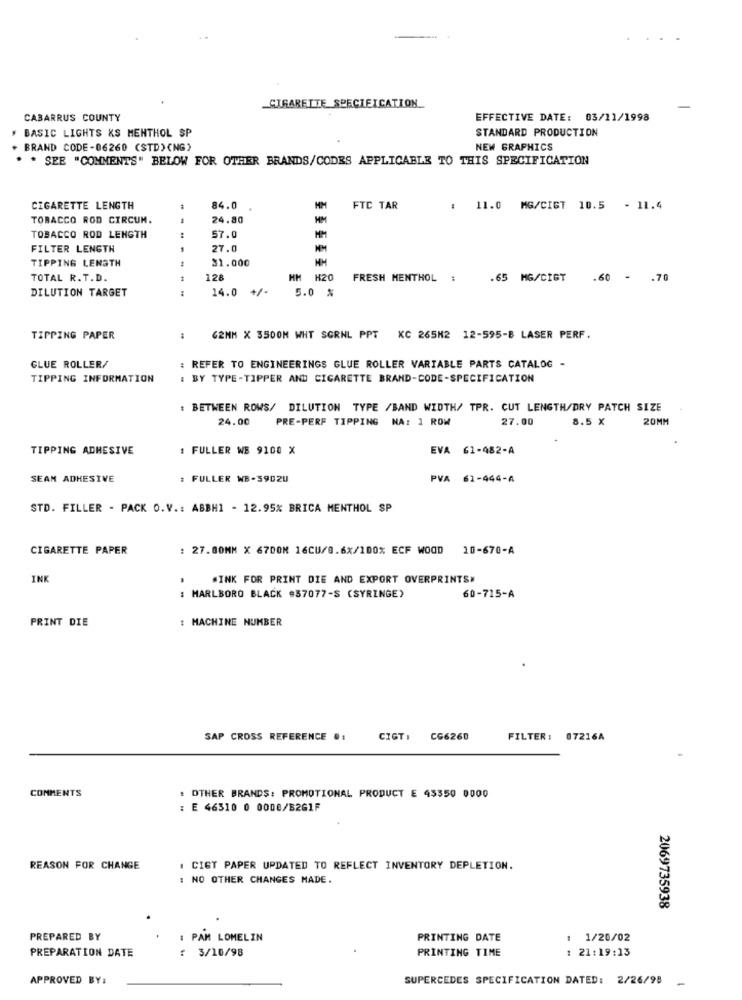
CIGARETTE_SPECIFICATION
CABARRUS COUNTY
EFFECTIVE DATE: 03/11/1998
BASIC LIGHTS KS MENTHOL SP
STANDARD PRODUCTION
. BRAND CODE-06260 (STD) (NG)
NEW GRAPHICS
. . SEE "COMMENTS" BELOW FOR OTHER BRANDS/CODES APPLICABLE TO THIS SPECIFICATION
CIGARETTE LENGTH
84.0
MM
FTC TAR
: 11.0 MG/CIGT 10.5 - 11.4
TOBACCO ROD CIRCUM.
24.80
TOBACCO ROD LENGTH
57.0
FILTER LENGTH
27.0
TIPPING LENGTH
31.000
MH
TOTAL R. T.D.
1
128
HM H20
FRESH MENTHOL
.65 MG/CIGT
.60 - . 70
DILUTION TARGET
:
-----
14.0
5.0 %
TIPPING PAPER
62MM X 3500M WHT SGRNL PPT KC 265M2 12-595-B LASER PERF.
GLUE ROLLER/
: REFER TO ENGINEERINGS GLUE ROLLER VARIABLE PARTS CATALOG -
TIPPING INFORMATION
: BY TYPE-TIPPER AND CIGARETTE BRAND-CODE-SPECIFICATION
: BETWEEN ROWS/ DILUTION TYPE /BAND WIDTH/ TPR. CUT LENGTH/DRY PATCH SIZE
24.00
PRE-PERF TIPPING NA: 1 ROW
27.00
8.5 X
20MM
TIPPING ADHESIVE
: FULLER WE 9100 X
EVA 61-482-A
SEAM ADHESIVE
: FULLER WB-3902U
PVA 61-444-A
STD. FILLER - PACK O.V .: ABBH1 - 12.95% BRICA MENTHOL SP
CIGARETTE PAPER
: 27.00MM X 6700M 16CU/0.6x/100% ECF WOOD 10-670-A
INK
.INK FOR PRINT DIE AND EXPORT OVERPRINTSW
: MARLBORO BLACK #57077-S (SYRINGE)
60-715-A
PRINT DIE
: MACHINE NUMBER
SAP CROSS REFERENCE .:
CIGT :
CG6260
FILTER: 07216A
COMMENTS
: OTHER BRANDS: PROMOTIONAL PRODUCT E 45350 0000
: E 46310 0 0008/B2G1F
REASON FOR CHANGE
. CIGT PAPER UPDATED TO REFLECT INVENTORY DEPLETION.
: NO OTHER CHANGES MADE.
2069735938
PREPARED BY
: PAM LOMELIN
PRINTING DATE
: 1/20/02
PREPARATION DATE
: 3/10/98
PRINTING TIME
21:19:13
APPROVED BY:
SUPERCEDES SPECIFICATION DATED: 2/26/98 -